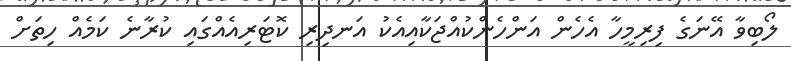
ލޯބިވާ އޭނަގެ ފިރިމީހާ އެހެން އަންހެންކުއްޖަކާއިއެކު އަނދިރި ކޮޓަރިއެއްގައި ކުރާނެ ކަމެއް ހިތަށް